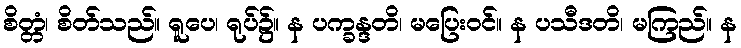
စိတ္တံ၊ စိတ်သည်။ ရူပေ၊ ရုပ်၌။ န ပက္ခန္ဒတိ၊ မပြေးဝင်။ န ပသီဒတိ၊ မကြည်။ န